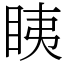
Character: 眱